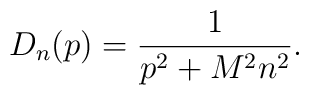
D_n(p)=\frac1{p^2+M^2n^2}.